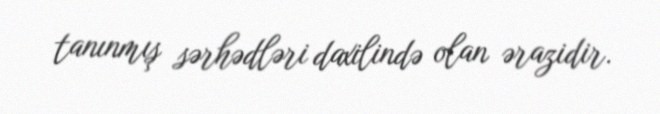
tanınmış sərhədləri daxilində olan ərazidir.